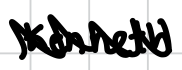
Text: Kenneth
Cross-out: zig-zag
Writing tool: digital_black